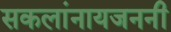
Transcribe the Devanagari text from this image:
सकलांनायजननी